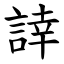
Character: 䛭